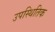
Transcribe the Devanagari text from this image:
उपस्थितिक